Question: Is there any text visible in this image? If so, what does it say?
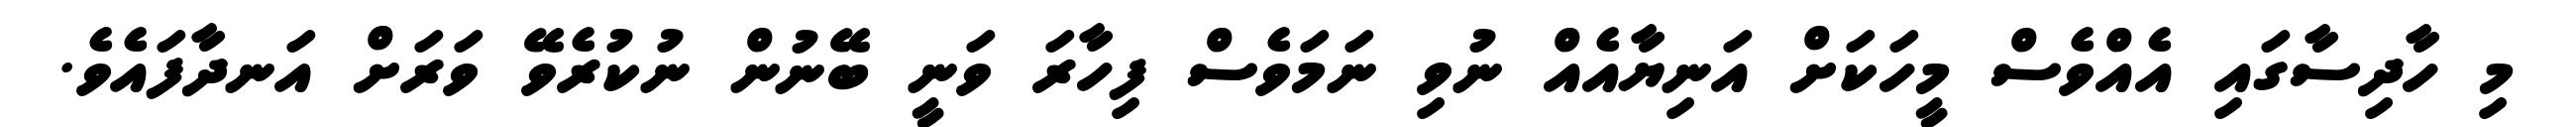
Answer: މި ހާދިސާގައި އެއްވެސް މީހަކަށް އަނިޔާއެއް ނުވި ނަމަވެސް ފިހާރަ ވަނީ ބޭނުން ނުކުރެވޭ ވަރަށް އަނދާފައެވެ.